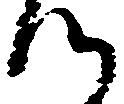
つ